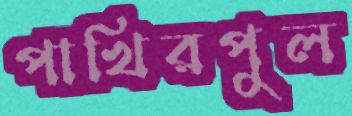
পাখিরপুল